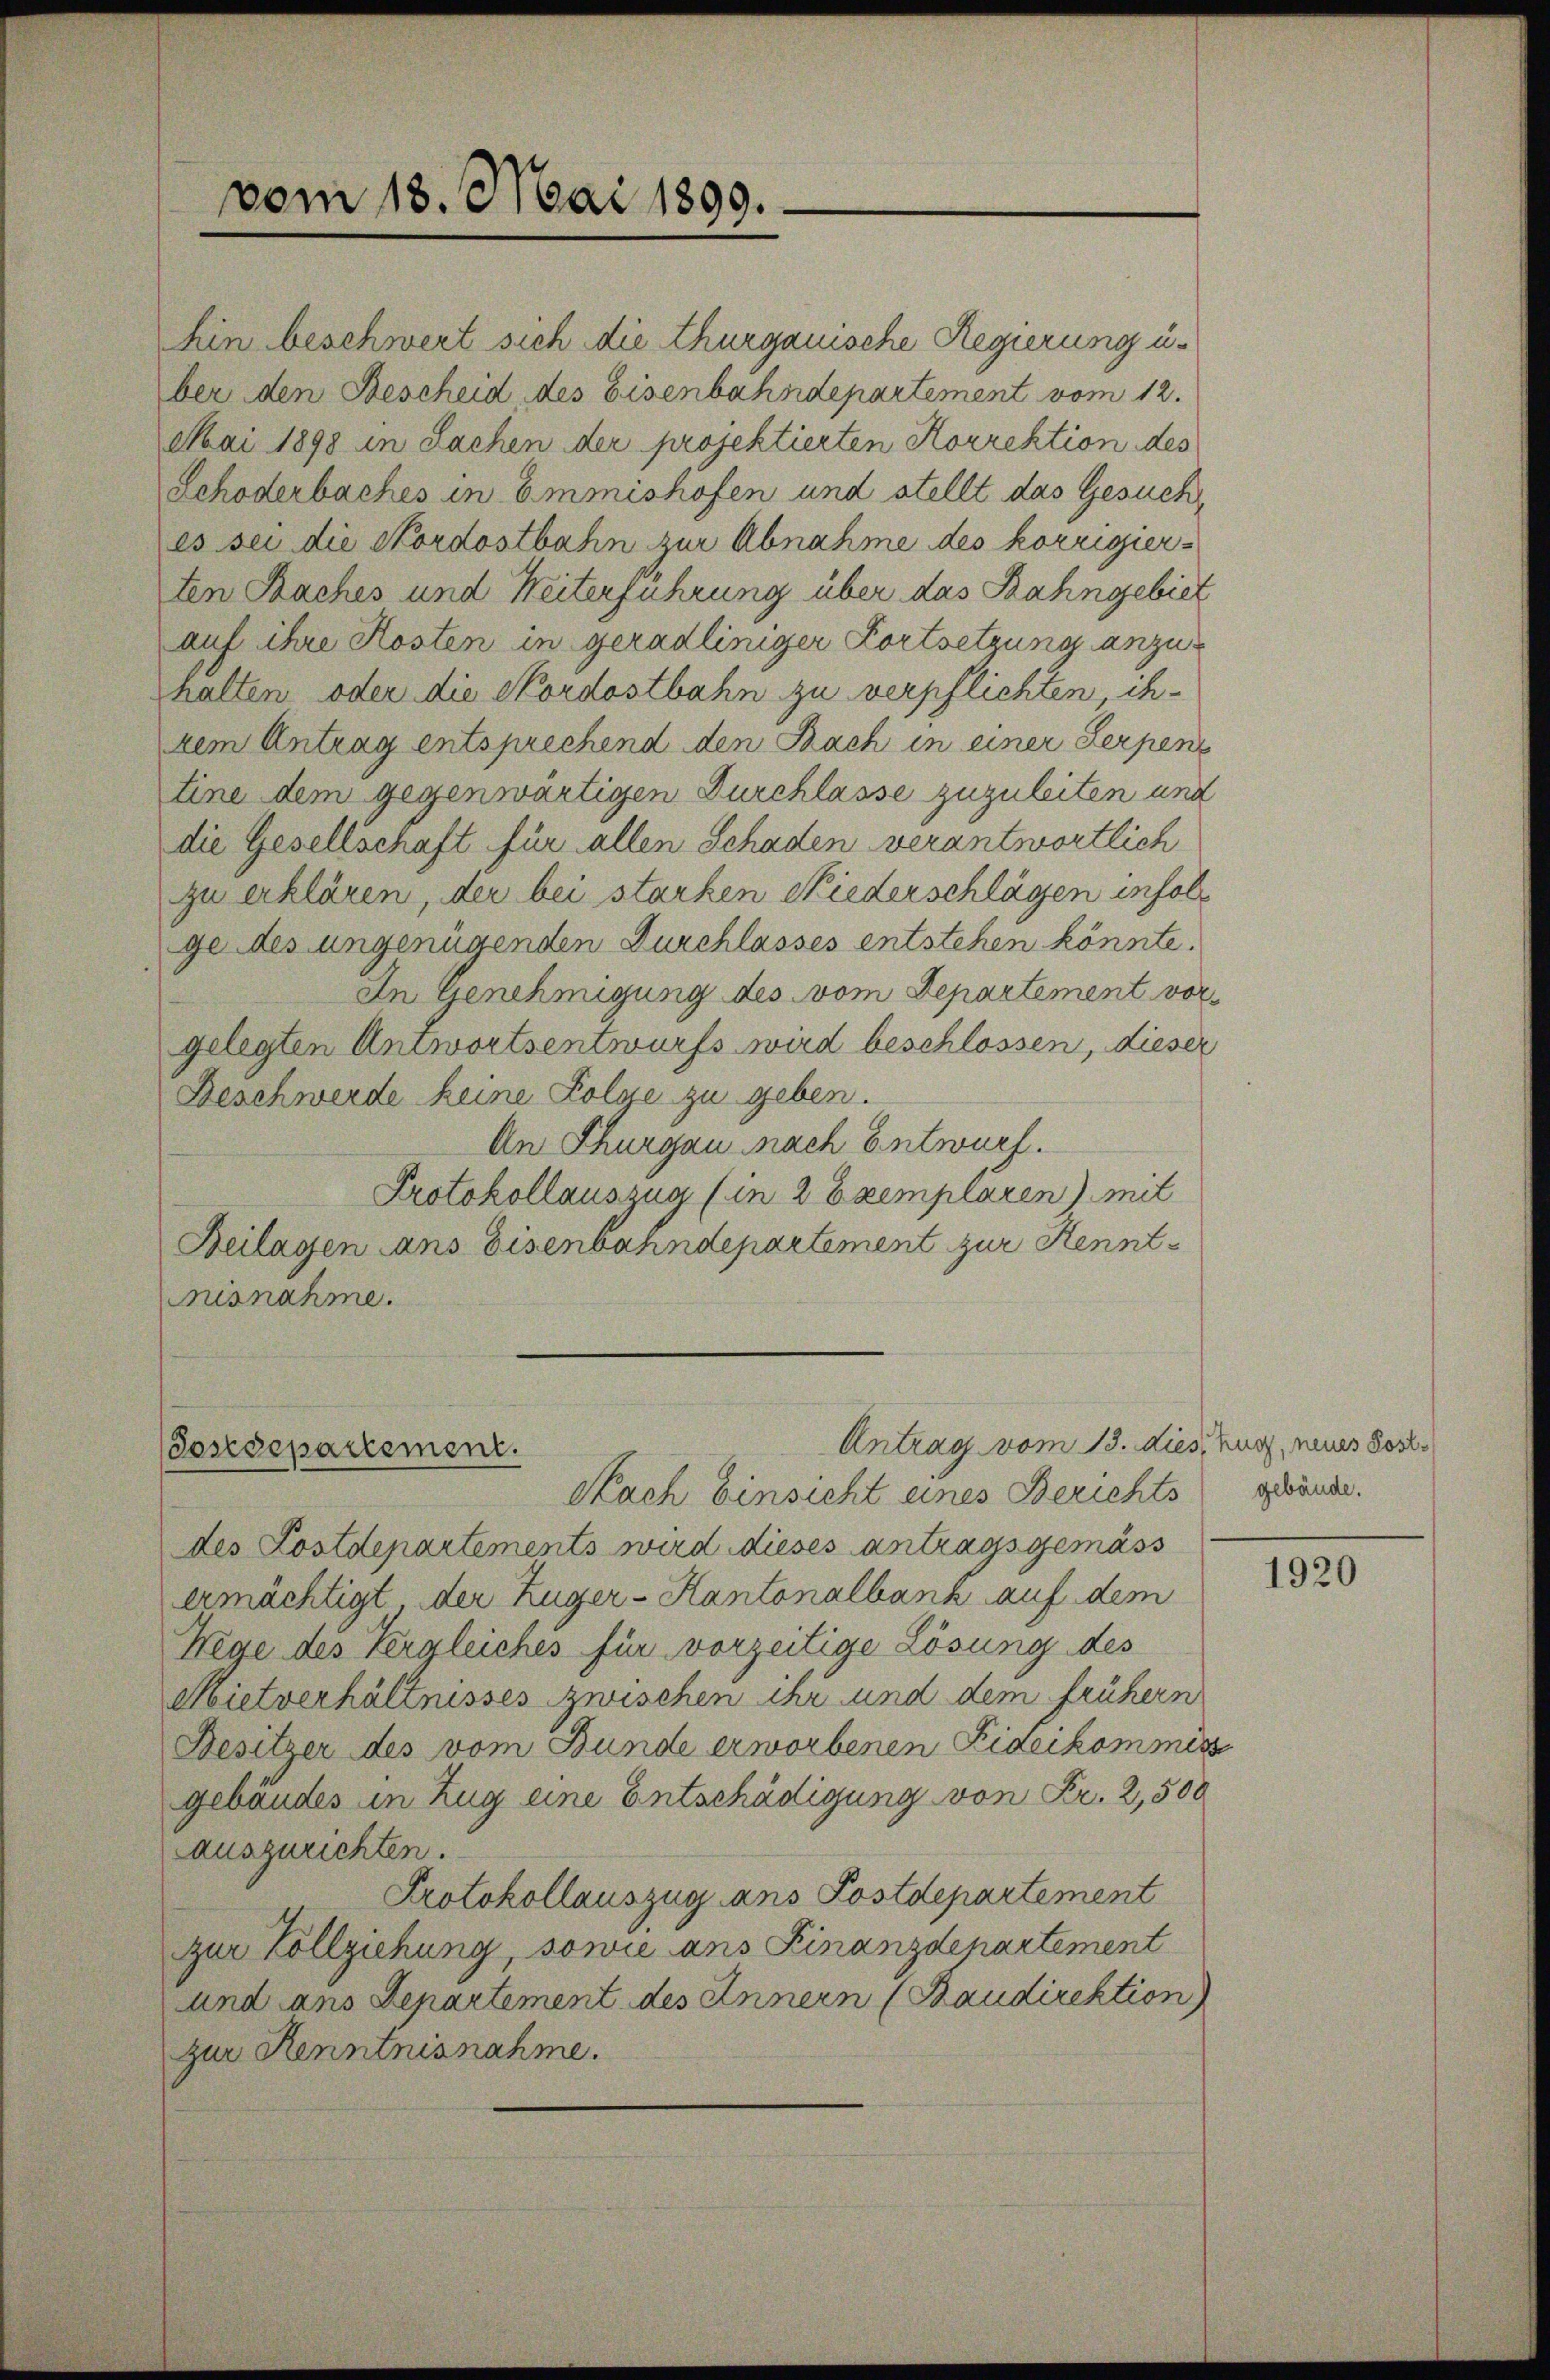
vom 18. Mai 1899.

hin beschwert sich die Thurgauische Regierung u.
ber den Bescheid, des Eisenbahndepartement vom 12.
Mai 1898 in Sachen der projektierten Korrektion des
Schöderbaches in Emonishofen und stellt das Gesuch
es sei die Nordostbahn zur Abnahme des korrigierten Saches und Weiterführung über das Bahngebiet
auf ihre Kosten in geradliniger Fortsetzung anzuhalten oder die Nordostbahn zu verpflichten, ihrem Antrag entsprechend den Bach in einer Serpent
tine dem gegenwärtigen Durchlasse zuzuleiten und
die Gesellschaft für allen Schaden verantwortlich
zu erklären, der bei starken Niederschlägen infolge des ungenügenden Durchlasses entstehen könnte.
In Genehmigung des vom Departement vorgelegten Antwortsentwurfs wird beschlossen, dieser
Beschwerde keine Folge zu geben.
An Thurgau nach Entwurf.
Protokollauszug (in 2 Exemplaren) mit
Beilagen ans Eisenbahndepartement zur Kennt¬
Ausnahme.

Sosedepartement.

Antrag vom 13. dies, Zug, neues Sost

Nach Einsicht eines Berichts
des Lostdepartements wird dieses antragsgemäss
ermächtigt, der Züger-Kantonalbank auf dem
Wege des Vergleiches für vorzeitige Lösung des
Mietverhältnisses zwischen ihr und dem frühern
Besitzer des vom Bunde erworbenen Fideikommiss
gebäudes in Zug eine Entschädigung von Fr. 2,500
auszurichten.
Protokollauszug ans Postdepartement
zur Vollziehung, sowie ans Finanzdepartement
und ans Departement des Innern (Baudirektion
zur Kenntnisnahme.

gebäude.

1920